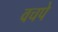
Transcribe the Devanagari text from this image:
वचपे